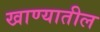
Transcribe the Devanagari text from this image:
खाण्यातील